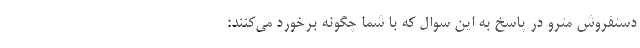
دستفروش مترو در پاسخ به این سوال که با شما چگونه برخورد می‌کنند؛